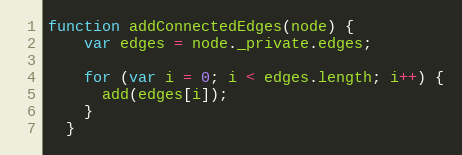
Language: JavaScript
function addConnectedEdges(node) {
    var edges = node._private.edges;

    for (var i = 0; i < edges.length; i++) {
      add(edges[i]);
    }
  }